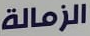
الزمالة